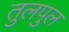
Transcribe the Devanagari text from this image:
तुलपुल